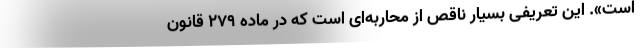
است». این تعریفی بسیار ناقص از محاربه‌ای است که در ماده 279 قانون